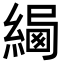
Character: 𦂷